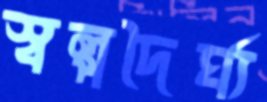
স্বল্পদৈর্ঘ্য